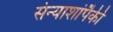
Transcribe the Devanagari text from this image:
संन्याशांपैकी